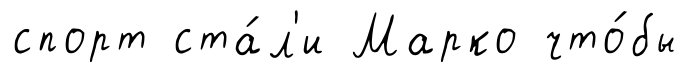
спорт ста́л'и Марко что́бы